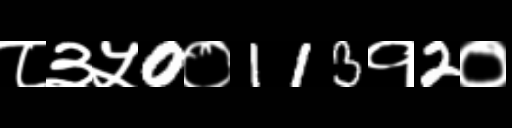
Text: ८३५0०113१2०